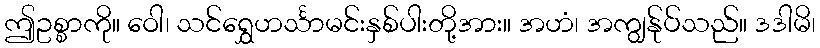
ဤဥစ္စာကို။ ဝေါ၊ သင်ရွှေဟင်္သာမင်းနှစ်ပါးတို့အား။ အဟံ၊ အကျွန်ုပ်သည်။ ဒဒါမိ၊